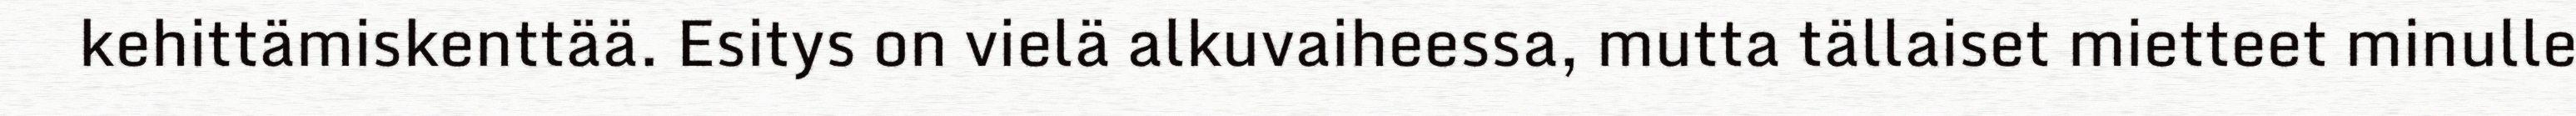
kehittämiskenttää. Esitys on vielä alkuvaiheessa, mutta tällaiset mietteet minulle